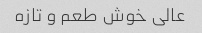
عالی خوش طعم و تازه